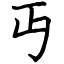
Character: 丏